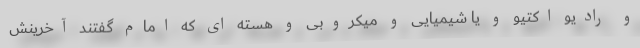
و رادیو اکتیو و یا شیمیایی و میکروبی و هسته ای که امام گفتند آخرینش